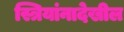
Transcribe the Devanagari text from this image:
स्त्रियांनादेखील